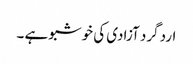
ارد گرد آزادی کی خوشبو ہے ۔